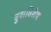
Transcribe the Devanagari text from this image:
बुशविशेष